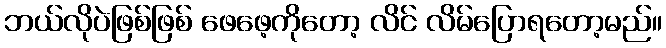
ဘယ်လိုပဲဖြစ်ဖြစ် ဖေဖေ့ကိုတော့ လိင် လိမ်ပြောရတော့မည်။